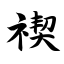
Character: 禊